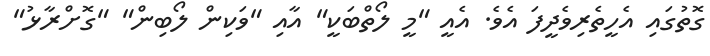
ގޮތުގައި އެހީތެރިވެދީފަ އެވެ. އެއީ "މީ ލޯތްބަކީ" އާއި "ވަކިން ލޯބިން" "ގޮށްރާޅު"